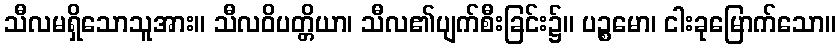
သီလမရှိသောသူအား။ သီလဝိပတ္တိယာ၊ သီလ၏ပျက်စီးခြင်း၌။ ပဉ္စမော၊ ငါးခုမြောက်သော။